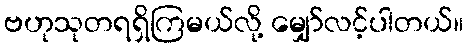
ဗဟုသုတရရှိကြမယ်လို့ မျှော်လင့်ပါတယ်။